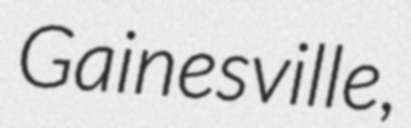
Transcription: Gainesville,